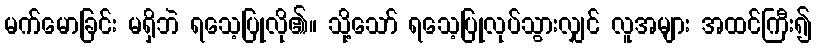
မက်မောခြင်း မရှိဘဲ ရသေ့ပြုလို၏။ သို့သော် ရသေ့ပြုလုပ်သွားလျှင် လူအများ အထင်ကြီး၍